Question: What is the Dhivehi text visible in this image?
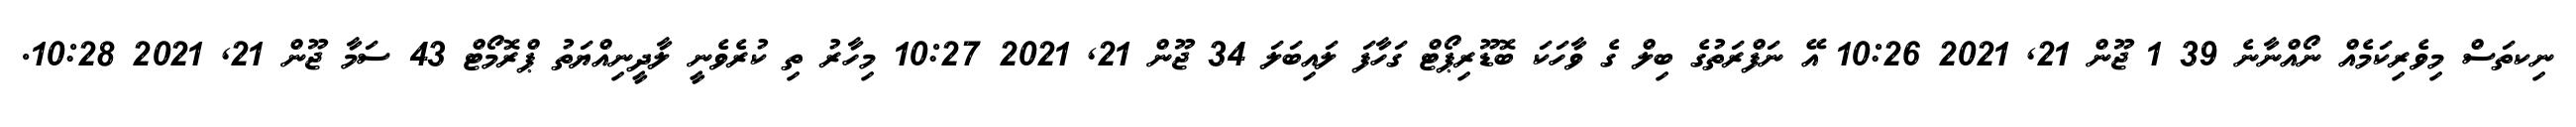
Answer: ނިކތަސް މިވެރިކަމެއް ނޯއްނާނެ 39 1 ޖޫން 21, 2021 10:26 އޭ ނަފްރަތުގެ ބިލް ގެ ވާހަކަ ބޮޑޫރިޕޯޓް ގަހާފަ ލައިބަލަ 34 ޖޫން 21, 2021 10:27 މިހާރު ތި ކުރެވެނީ ލާދީނިއްޔަތު ޕްރޮމޯޓް 43 ސަމާ ޖޫން 21, 2021 10:28.